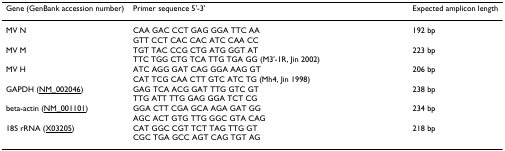
| Gene (GenBank accession number) | Primer sequence 5'-3' | Expected amplicon length |
 | --- | --- | --- |
 | MV N | CAA GAC CCT GAG GGA TTC AAGTT CCT CAC CAC ATC CAA CC | 192 bp |
 | MV M | TGT TAC CCG CTG ATG GGT ATTTC TGG CTG TCA TTG TGA GG (M3'-1R, Jin 2002) | 223 bp |
 | MV H | ATC AGG GAT CAG GGA AAG GTCAT TCG CAA CTT GTC ATC TG (Mh4, Jin 1998) | 206 bp |
 | GAPDH (NM_002046) | GAG TCA ACG GAT TTG GTC GTTTG ATT TTG GAG GGA TCT CG | 238 bp |
 | beta-actin (NM_001101) | GGA CTT CGA GCA AGA GAT GGAGC ACT GTG TTG GGC GTA CAG | 234 bp |
 | 18S rRNA (X03205) | CAT GGC CGT TCT TAG TTG GTCGC TGA GCC AGT CAG TGT AG | 218 bp |